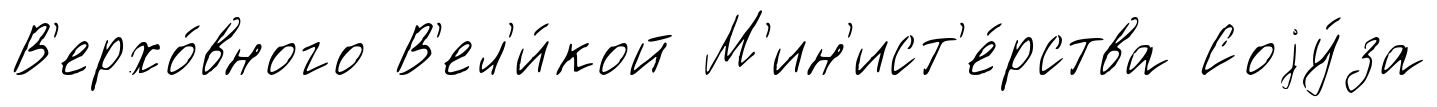
В'ерхо́вного В'ел'и́кой М'ин'ист'е́рства Соjу́за